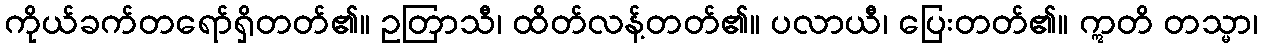
ကိုယ်ခက်တရော်ရှိတတ်၏။ ဥတြာသီ၊ ထိတ်လန့်တတ်၏။ ပလာယီ၊ ပြေးတတ်၏။ ဣတိ တသ္မာ၊